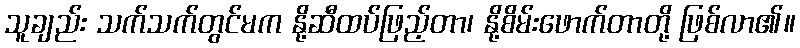
သူချည်း သက်သက်တွင်မက နို့ဆီထပ်ဖြည့်တာ၊ နို့စိမ်းဖောက်တာတို့ ဖြစ်လာ၏။